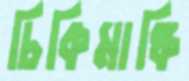
চিকিমাঙ্কি